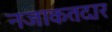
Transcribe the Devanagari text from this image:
नजाकतदार